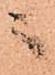
ニ